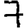
Digit: 7